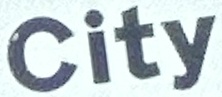
City